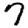
Digit: 7